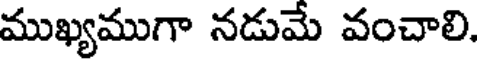
ముఖ్యముగా నడుమే వంచాలి.